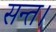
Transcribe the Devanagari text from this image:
सन्त।